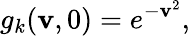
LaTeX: g_{k}(\mathbf{v},0)=e^{-\mathbf{v}^{2}},